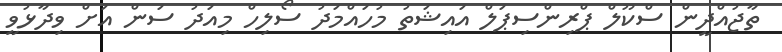
ތާޖުއްދީން ސްކޫލް ޕްރިންސިޕަލް އައިޝަތު މުހައްމަދު ސޯލިހް މިއަދު ސަން އަށް ވިދާޅުވީ